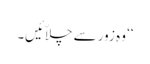
‘‘ وہ زور سے چلاّئیں۔